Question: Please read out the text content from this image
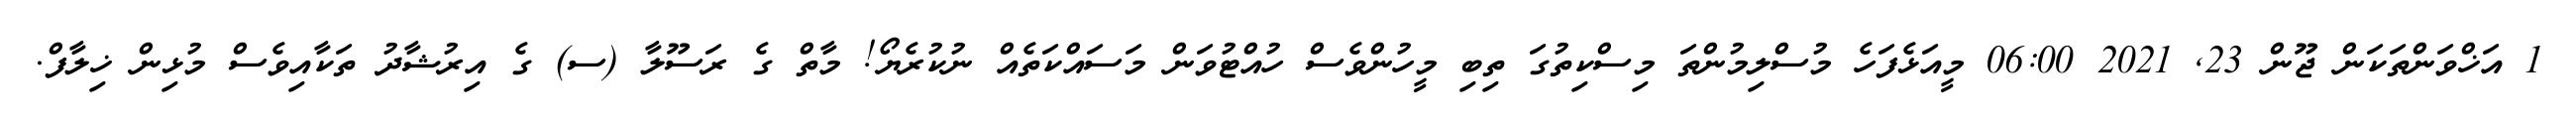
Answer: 1 އަޚްވަންތަކަން ޖޫން 23, 2021 06:00 މީއަޅެފަހެ މުސްލިމުންތަ މިސްކިތުގަ ތިބި މީހުންވެސް ހުއްޓުވަން މަސައްކަތެއް ނުކުރެޔޯ! މާތް ގެ ރަސޫލާ (ސ) ގެ އިރުޝާދު ތަކާއިވެސް މުޅިން ޚިލާފް.